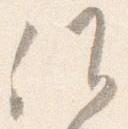
候